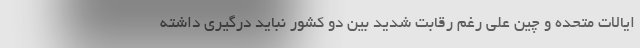
ایالات متحده و چین علی رغم رقابت شدید بین دو کشور نباید درگیری داشته